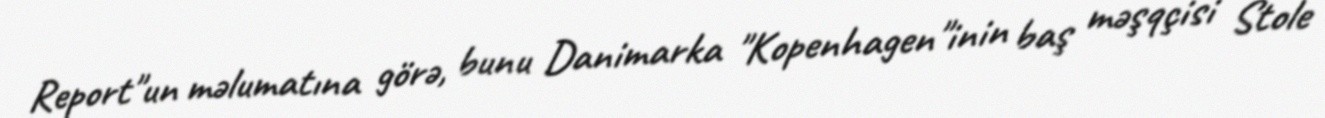
Report"un məlumatına görə, bunu Danimarka "Kopenhagen"inin baş məşqçisi Stole